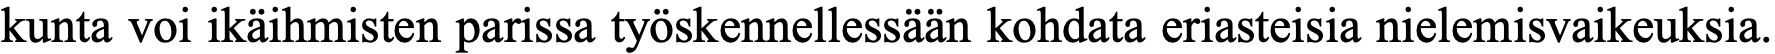
kunta voi ikäihmisten parissa työskennellessään kohdata eriasteisia nielemisvaikeuksia.